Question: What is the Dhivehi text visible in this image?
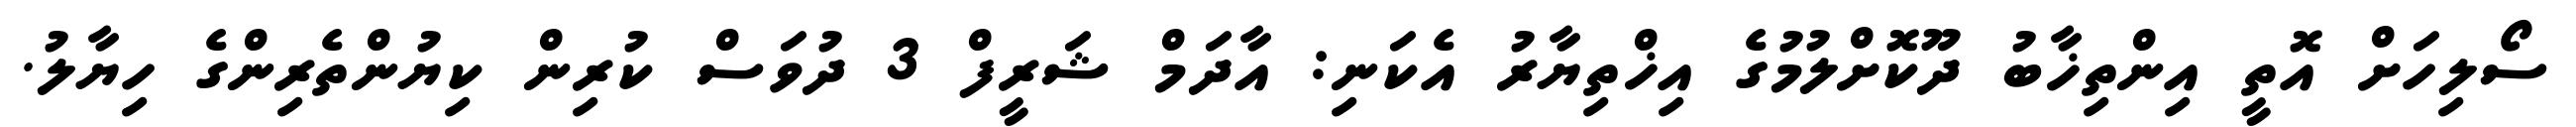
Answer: ސޯލިހަށް އޮތީ އިންތިޚާބު ދޫކޮށްލުމުގެ އިޚްތިޔާރު އެކަނި: އާދަމް ޝަރީފް 3 ދުވަސް ކުރިން ކިޔުންތެރިންގެ ހިޔާލު.